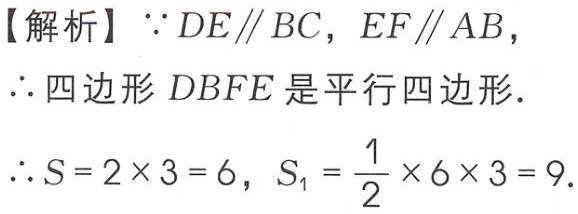
【解析】$\because DE\parallel BC$，$EF\parallel AB$，
$\therefore$四边形$DBFE$是平行四边形.
$\therefore S = 2\times3 = 6$，$S_{1}=\frac{1}{2}\times6\times3 = 9$.